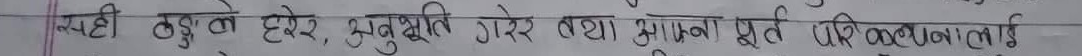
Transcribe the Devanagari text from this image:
प्रष्ट ठकुन हेरेर, अनुभूति गरेर तथा आफ्ना पूर्व परिकल्पनालाई